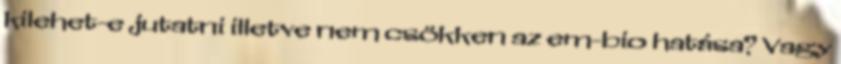
kilehet-e jutatni illetve nem csökken az em-bio hatása? Vagy